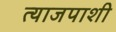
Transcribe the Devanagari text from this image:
त्याजपाशी